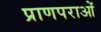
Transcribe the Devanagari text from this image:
प्राणपराओं